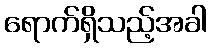
ရောက်ရှိသည့်အခါ